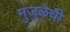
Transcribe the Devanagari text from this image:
मुंजुळेची